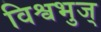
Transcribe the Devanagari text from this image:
विश्वभुज्‌